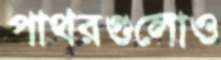
পাথরগুলোও